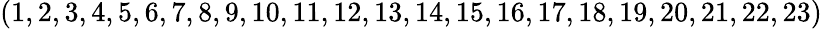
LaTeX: (1,2,3,4,5,6,7,8,9,10,11,12,13,14,15,16,17,18,19,20,21,22,23)